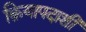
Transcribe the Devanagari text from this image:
क्रियापदाशी